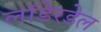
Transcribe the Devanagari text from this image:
लॉडेरडेल